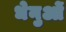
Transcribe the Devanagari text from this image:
धेनुओं